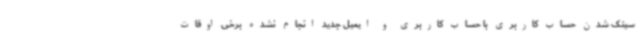
سینک شدن حساب کاربری با حساب کاربری و ایمیل جدید انجام نشده برخی اوقات